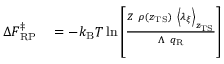
\begin{array} { r l } { \Delta F _ { \mathrm { R P } } ^ { \ddagger } } & { { } = - k _ { \mathrm { B } } T \ln \left[ \frac { Z \ \rho ( z _ { \mathrm { T S } } ) \ \left< \lambda _ { \xi } \right> _ { z _ { \mathrm { T S } } } } { \Lambda \ q _ { \mathrm { R } } } \right] } \end{array}